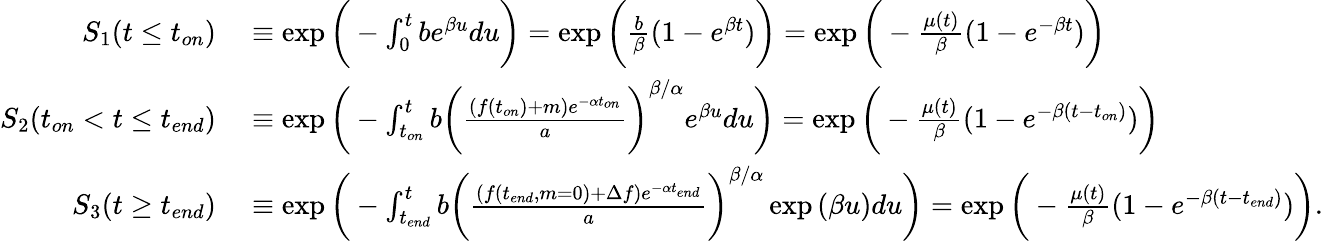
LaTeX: \begin{array}{rl}{S_{1}(t\leq t_{on})}&{{}\equiv\exp{\bigg(-\int_{0}^{t}be^{\beta u}du\bigg)}=\exp{\bigg(\frac{b}{\beta}(1-e^{\beta t})\bigg)}=\exp{\bigg(-\frac{\mu(t)}{\beta}(1-e^{-\beta t})\bigg)}}\\ {S_{2}(t_{on}<t\leq t_{end})}&{{}\equiv\exp{\bigg(-\int_{t_{on}}^{t}b\bigg(\frac{(f(t_{on})+m)e^{-\alpha t_{on}}}{a}\bigg)^{\beta/\alpha}e^{\beta u}du\bigg)}=\exp{\bigg(-\frac{\mu(t)}{\beta}(1-e^{-\beta(t-t_{on})})\bigg)}}\\ {S_{3}(t\geq t_{end})}&{{}\equiv\exp{\bigg(-\int_{t_{end}}^{t}b\bigg(\frac{(f(t_{end},m=0)+\Delta f)e^{-\alpha t_{end}}}{a}\bigg)^{\beta/\alpha}\exp{(\beta u)}du\bigg)}=\exp{\bigg(-\frac{\mu(t)}{\beta}(1-e^{-\beta(t-t_{end})})\bigg)}.}\end{array}